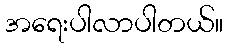
အရေးပါလာပါတယ်။